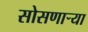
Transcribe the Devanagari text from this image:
सोसणार्‍या